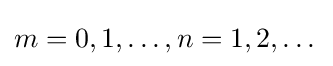
m=0,1,\dots ,n=1,2,\dots